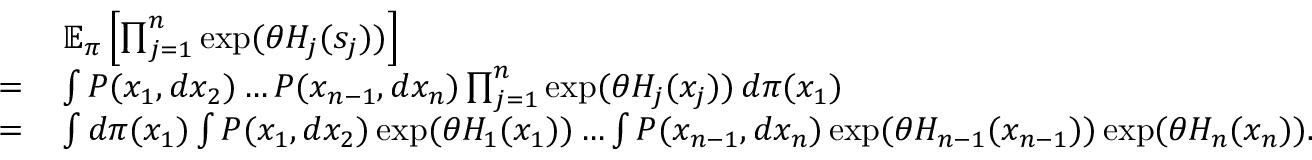
\begin{array} { r l } & { \mathbb { E } _ { \boldsymbol \pi } \left[ \prod _ { j = 1 } ^ { n } \exp ( \theta H _ { j } ( s _ { j } ) ) \right] } \\ { = \, } & { \int P ( x _ { 1 } , d x _ { 2 } ) \dots P ( x _ { n - 1 } , d x _ { n } ) \prod _ { j = 1 } ^ { n } \exp ( \theta H _ { j } ( x _ { j } ) ) \, d \pi ( x _ { 1 } ) } \\ { = \, } & { \int d \pi ( x _ { 1 } ) \int P ( x _ { 1 } , d x _ { 2 } ) \exp ( \theta H _ { 1 } ( x _ { 1 } ) ) \dots \int P ( x _ { n - 1 } , d x _ { n } ) \exp ( \theta H _ { n - 1 } ( x _ { n - 1 } ) ) \exp ( \theta H _ { n } ( x _ { n } ) ) . } \end{array}